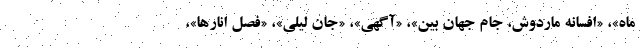
ماه»، «افسانه ماردوش، جام جهان بین»، «آگهی»، «جان لیلی»، «فصل انارها»،